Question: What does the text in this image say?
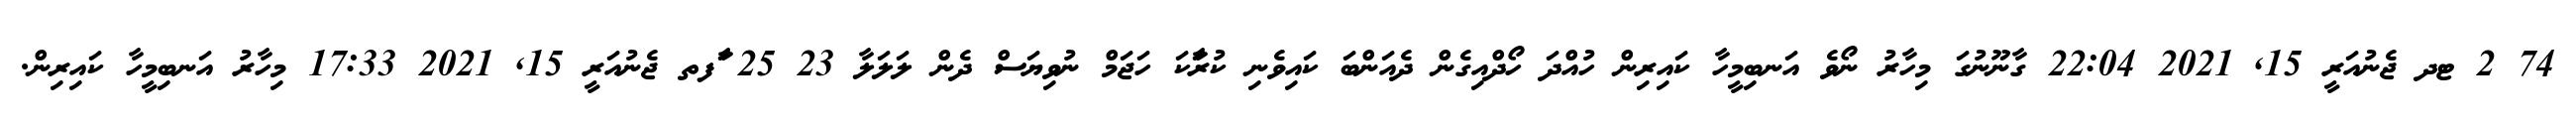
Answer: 74 2 ޓދ ޖެނުއަރީ 15, 2021 22:04 ގާނޫނުގަ މިހާރު ނޯވެ އަނބިމީހާ ކައިރިން ހުއްދަ ހޯދްއިގެން ދެއަންބަ ކައިވެނި ކުރަާކަ ހަޖަމް ނުވިޔަސް ދެން ލަލަލާ 23 25 ާަފތ ޖެނުއަރީ 15, 2021 17:33 މިހާރު އަނބިމީހާ ކައިރިން.